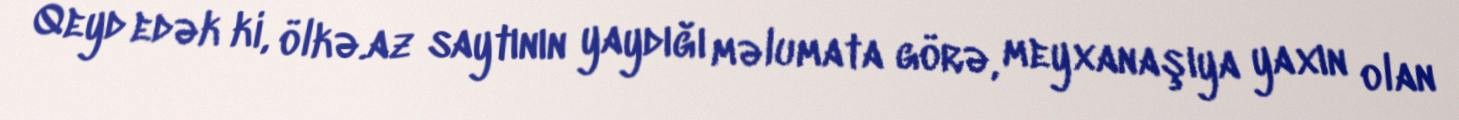
Qeyd edək ki, ölkə.az saytının yaydığı məlumata görə, meyxanaşıya yaxın olan